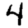
Digit: 4